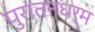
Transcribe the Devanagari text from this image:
पुरातनधर्म